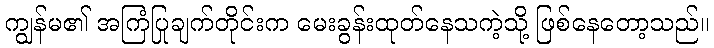
ကျွန်မ၏ အကြံပြုချက်တိုင်းက မေးခွန်းထုတ်နေသကဲ့သို့ ဖြစ်နေတော့သည်။